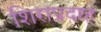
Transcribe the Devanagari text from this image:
शिराप्रदाह